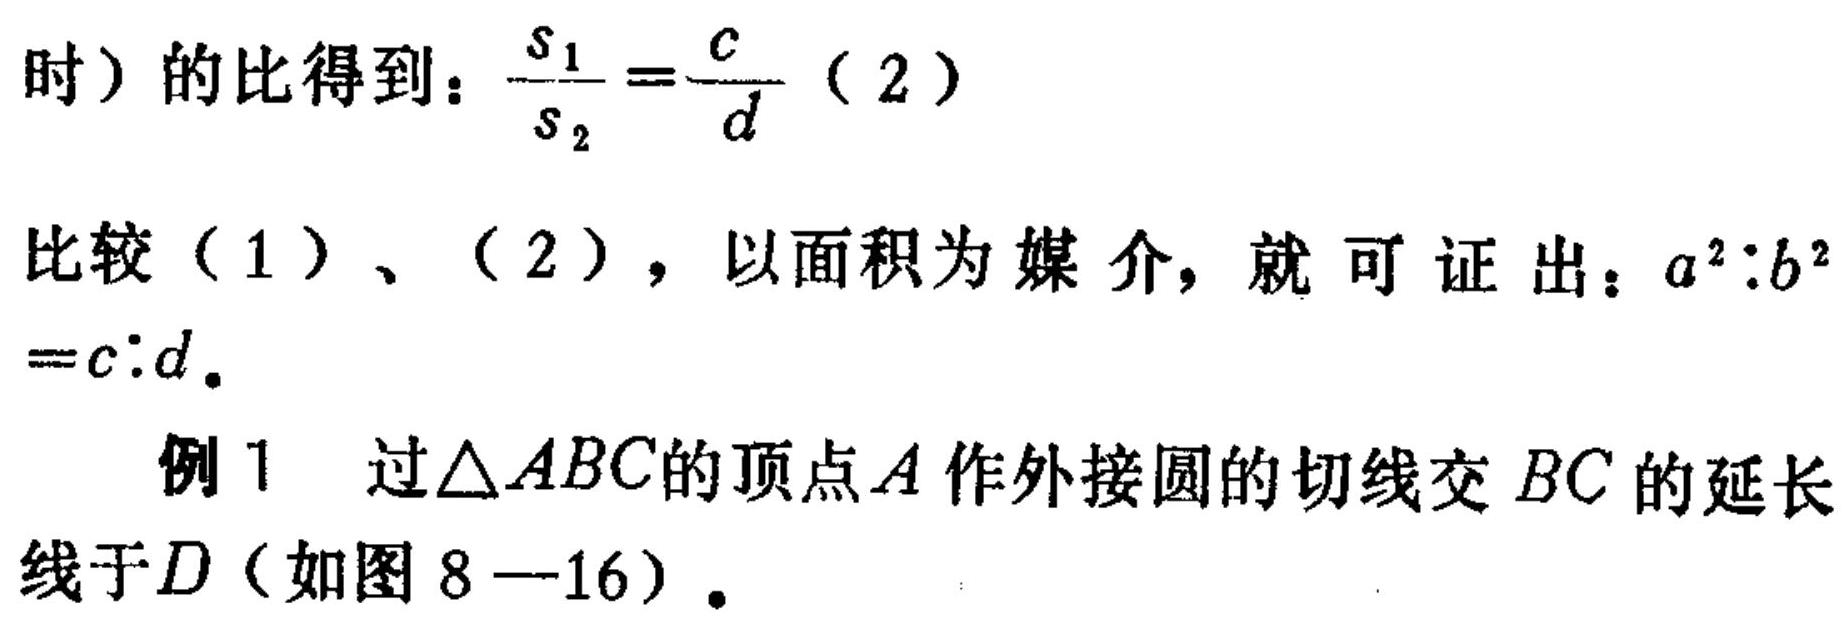
时）的比得到：\(\frac{s_{1}}{s_{2}}=\frac{c}{d}\)（2）
比较（1）、（2），以面积为媒介，就可证出：\(a^{2}:b^{2}=c:d\)。
例1 过\(\triangle ABC\)的顶点\(A\)作外接圆的切线交 \(BC\)的延长线于\(D\)（如图8—16）.